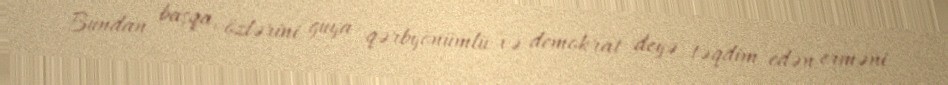
Bundan başqa, özlərini guya qərbyönümlü və demokrat deyə təqdim edən erməni